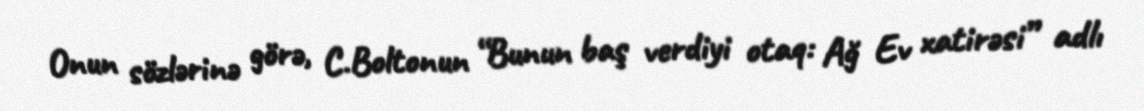
Onun sözlərinə görə, C.Boltonun “Bunun baş verdiyi otaq: Ağ Ev xatirəsi” adlı